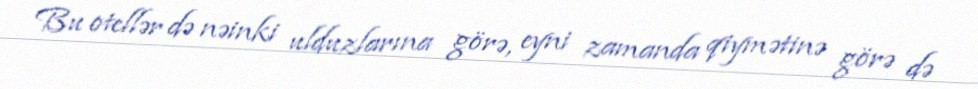
Bu otellər də nəinki ulduzlarına görə, eyni zamanda qiymətinə görə də